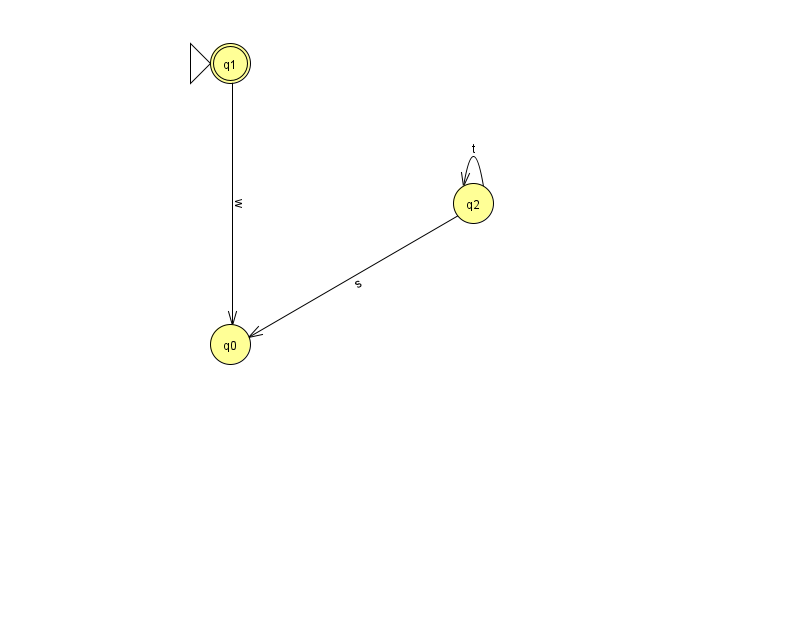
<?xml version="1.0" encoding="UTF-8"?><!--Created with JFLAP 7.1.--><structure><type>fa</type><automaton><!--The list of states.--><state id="0" name="q0"><x>230.0</x><y>331.0</y></state><state id="1" name="q1"><x>230.0</x><y>50.0</y><initial/><final/></state><state id="2" name="q2"><x>473.0</x><y>190.0</y></state><!--The list of transitions.--><transition><from>2</from><to>0</to><read>s</read></transition><transition><from>2</from><to>2</to><read>t</read></transition><transition><from>1</from><to>0</to><read>w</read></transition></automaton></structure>